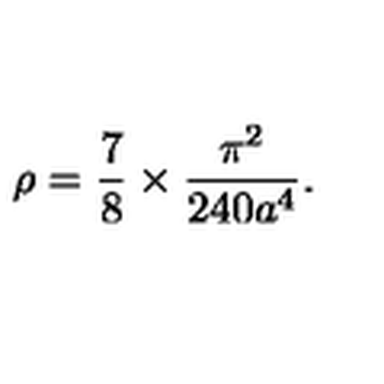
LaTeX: \rho = \frac { 7 } { 8 } \times \frac { \pi ^ { 2 } } { 2 4 0 a ^ { 4 } } .